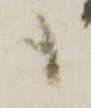
も